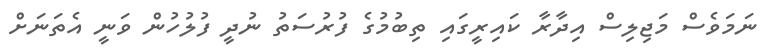
ނަމަވެސް މަޖިލިސް އިދާރާ ކައިރީގައި ތިބުމުގެ ފުރުސަތު ނުދީ ފުލުހުން ވަނީ އެތަނަށް